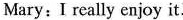
Mary:I really enjoy it.